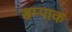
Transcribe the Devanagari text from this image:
सम्पाक